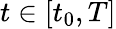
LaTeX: t\in[t_{0},T]